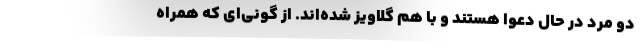
دو مرد در حال دعوا هستند و با هم گلاویز شده‌اند. از گونی‌ای که همراه